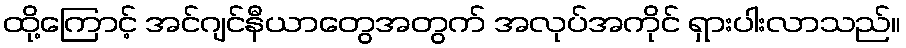
ထို့ကြောင့် အင်ဂျင်နီယာတွေအတွက် အလုပ်အကိုင် ရှားပါးလာသည်။